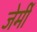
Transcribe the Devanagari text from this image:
जेर्मी